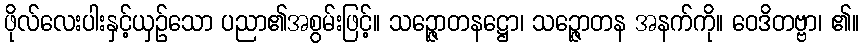
ဖိုလ်လေးပါးနှင့်ယှဉ်သော ပညာ၏အစွမ်းဖြင့်။ သဉ္ဇောတနဋ္ဌော၊ သဉ္ဇောတန အနက်ကို။ ဝေဒိတဗ္ဗာ၊ ၏။